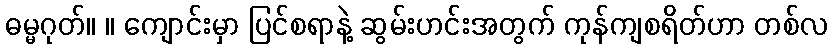
ဓမ္မဂုတ်။ ။ ကျောင်းမှာ ပြင်စရာနဲ့ ဆွမ်းဟင်းအတွက် ကုန်ကျစရိတ်ဟာ တစ်လ